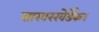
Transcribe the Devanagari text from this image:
साखरखेर्डेकर